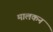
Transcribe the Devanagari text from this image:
मालकन